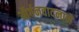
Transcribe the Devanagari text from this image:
ऑर्गनवादनाने